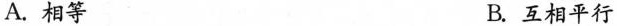
A.相等 B.互相平行